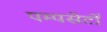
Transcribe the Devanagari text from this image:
पम्पसेटों